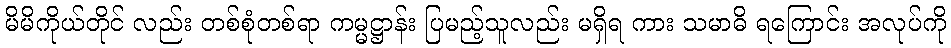
မိမိကိုယ်တိုင် လည်း တစ်စုံတစ်ရာ ကမ္မဋ္ဌာန်း ပြမည့်သူလည်း မရှိရ ကား သမာဓိ ရကြောင်း အလုပ်ကို